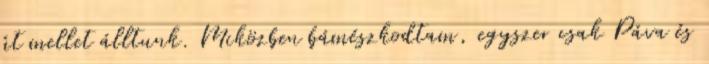
út mellet álltunk. Miközben bámészkodtam, egyszer csak Páva és